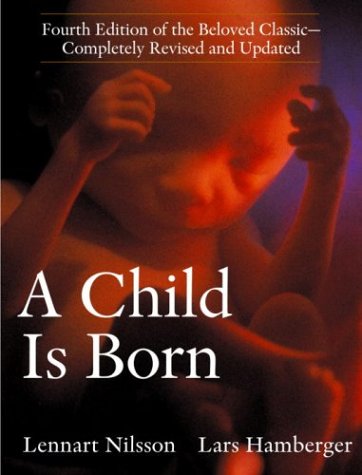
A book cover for A Child Is Born; Lennart Nilsson; Arts & Photography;